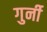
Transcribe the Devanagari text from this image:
गुर्नी